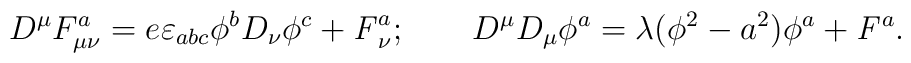
D^{\mu} F_{\mu \nu}^a =  e \varepsilon _{abc} \phi ^b D_{\nu }  \phi ^c + {\it F}_{\nu} ^a; \qquad D^{\mu} D_{\mu} \phi ^a = \lambda (\phi ^2 - a^2) \phi ^a + {\it F}^a.